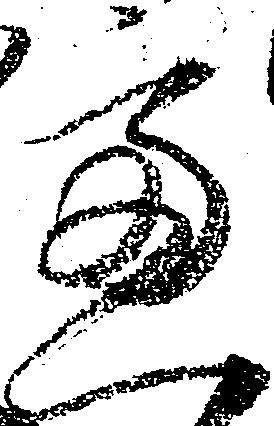
慮